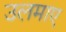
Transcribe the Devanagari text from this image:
उलमाए